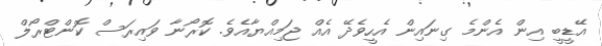
އޭޑީބީ އިން އެންމެ ގިނައިން އެހީވެދޭ އެއް ޖަމިއްޔާއެވެ. ކޮރޯނާ ވައިރަސް ކޮންޓްރޯލް